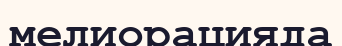
мелиорацияда